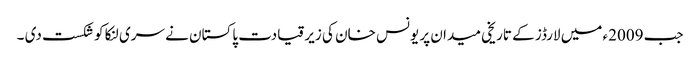
جب 2009ء میں لارڈز کے تاریخی میدان پر یونس خان کی زیر قیادت پاکستان نے سری لنکا کو شکست دی ۔